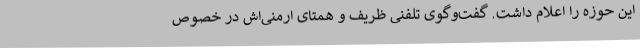
این حوزه را اعلام داشت. گفت‌وگوی تلفنی ظریف و همتای ارمنی‌اش در خصوص